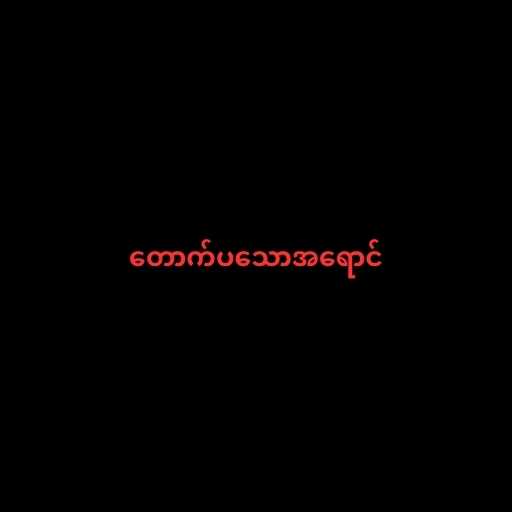
တောက်ပသောအရောင်